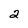
Character: 2